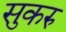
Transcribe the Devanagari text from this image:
सुकरु